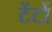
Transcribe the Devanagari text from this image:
टेंटों